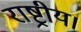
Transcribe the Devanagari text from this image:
राष्ट्रीय।